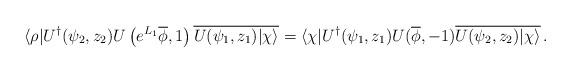
LaTeX: \begin{align*}\langle\rho|U^\dagger(\psi_2,z_2)U\left(e^{L_1}\overline\phi,1\right)\overline{U(\psi_1,z_1)|\chi\rangle}=\langle\chi|U^\dagger(\psi_1,z_1)U(\overline\phi,-1)\overline{U(\psi_2,z_2)|\chi\rangle}\,.\end{align*}